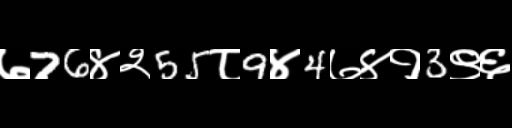
Text: ७76४२55८9४4७४१3९६